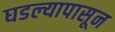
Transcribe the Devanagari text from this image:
घडल्यापासून